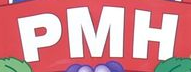
PMH